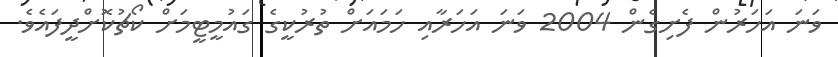
ވަނަ އަހަރުން ފެށިގެން 2004 ވަނަ އަހަރާއި ހަމައަށް ތުރުކީގެ ގައުމީޓީމަށް ކޯޗުކޮށްދީފައެވެ.